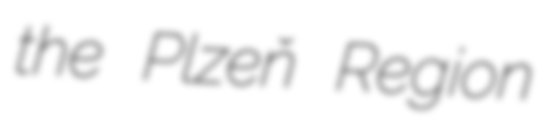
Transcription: the Plzeň Region